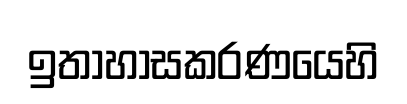
ඉතාහාසකරණයෙහි